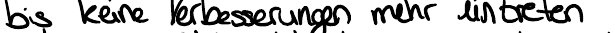
bis keine Verbesserungen mehr eintreten